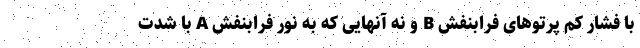
با فشار کم پرتوهای فرابنفش B و نه آنهایی که به نور فرابنفش A با شدت